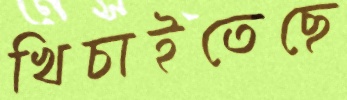
খিচাইতেছে